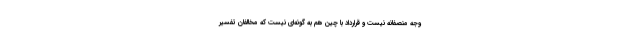
وجه منصفانه نیست و قرارداد با چین هم به گونه‌ای نیست که مخالفان تفسیر